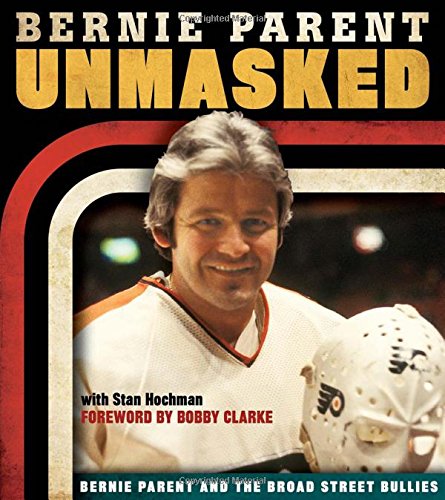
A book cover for Unmasked: Bernie Parent and the Broad Street Bullies; Bernie Parent; Biographies & Memoirs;